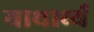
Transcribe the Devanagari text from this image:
याथार्थ्य